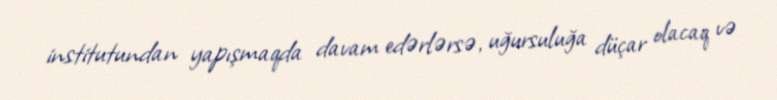
institutundan yapışmaqda davam edərlərsə, uğursuluğa düçar olacaq və